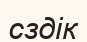
сздік